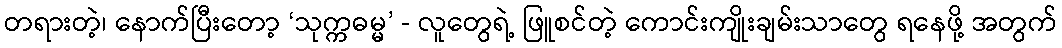
တရားတဲ့၊ နောက်ပြီးတော့ ‘သုက္ကဓမ္မ’ - လူတွေရဲ့ ဖြူစင်တဲ့ ကောင်းကျိုးချမ်းသာတွေ ရနေဖို့ အတွက်